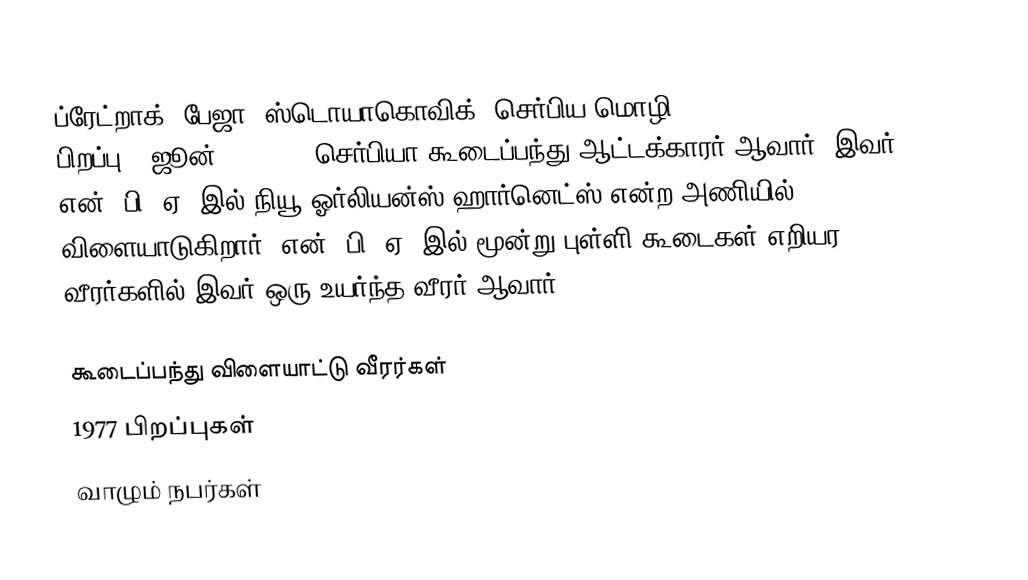
ப்ரேட்றாக் "பேஜா" ஸ்டொயாகொவிக் (செர்பிய மொழி:Predrag "Peja" Stojaković, பிறப்பு - ஜூன் 9, 1977) செர்பியா கூடைப்பந்து ஆட்டக்காரர் ஆவார். இவர் என். பி. ஏ.-இல் நியூ ஓர்லியன்ஸ் ஹார்னெட்ஸ் என்ற அணியில் விளையாடுகிறார். என். பி. ஏ.-இல் மூன்று புள்ளி கூடைகள் எறியர வீரர்களில் இவர் ஒரு உயர்ந்த வீரர் ஆவார்.

கூடைப்பந்து விளையாட்டு வீரர்கள்
1977 பிறப்புகள்
வாழும் நபர்கள்